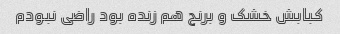
کبابش خشک و برنج هم زنده بود راضی نبودم